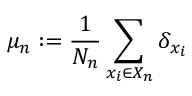
\mu _ { n } : = { \frac { 1 } { N _ { n } } } \sum _ { x _ { i } \in X _ { n } } \delta _ { x _ { i } }